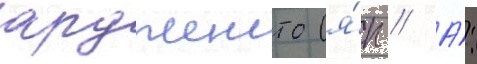
ардженто (я́п // А́: